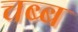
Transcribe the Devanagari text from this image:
चब्ब